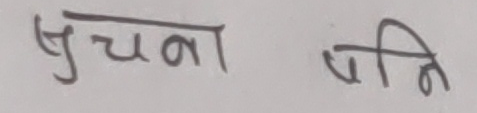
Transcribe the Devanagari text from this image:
सूचना पिति